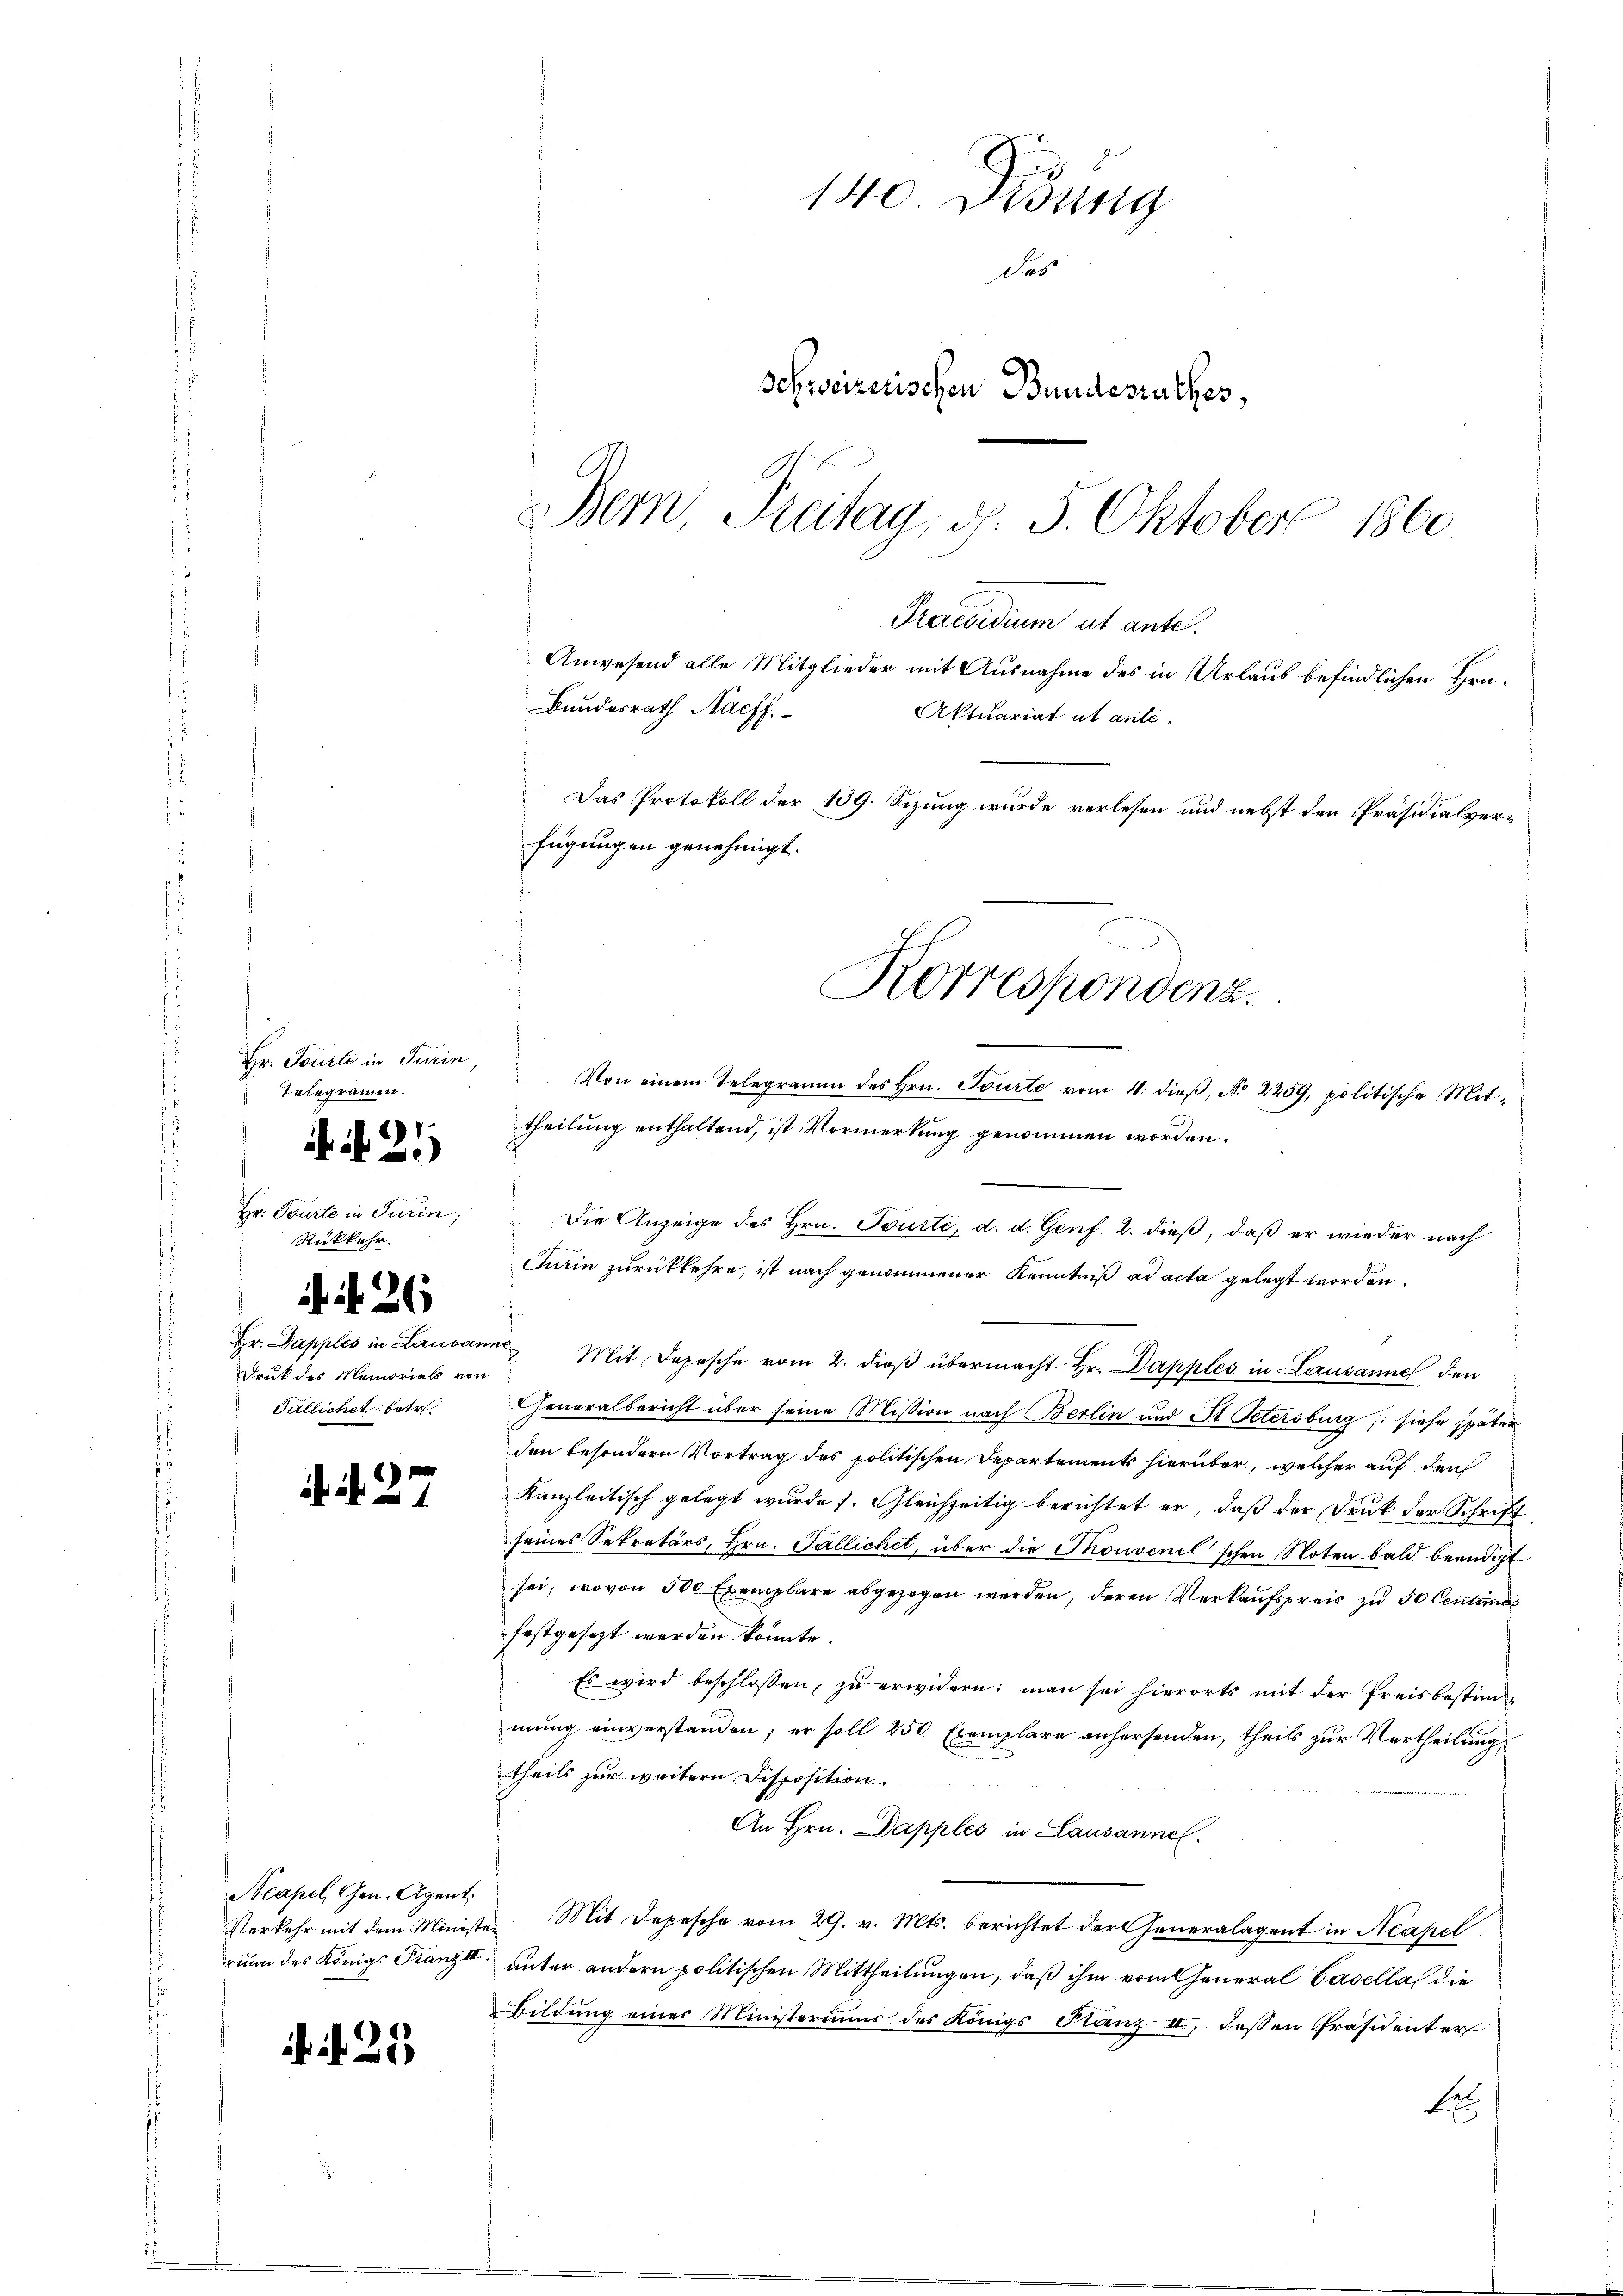
Hr. Tourte in Turin,
Telegramm.
1

ii in

Hr. Tourte in Turin,
Rükkehr.
Druk des Memorials von
Tillichet betr

i. d. 27.

. N. 26

Neapel, Gen. Agent.

. . 25.

Die Anzeige des Hrn. Tourte, d. d. Genf 2. dieß, daß er wieder nach
Turin zurückkehre, ist nach genommener Kenntniß ad acta gelegt worden.
Hr. Dapples in Lausanne Mit Depesche vom 2. dieβ übermacht Hr. Dapples in Lausanne, den
Generalbericht über seine Mission nach Berlin und St. Petersburg (siehe später
den besondern Vortrag des politischen Departements hierüber, welcher auf den
Kanzleitisch gelegt wurde s. Gleichzeitig berichtet er, daß der Druk der Schrift
seines Sekretärs, Hrn. Pallichet, über die Thouvenel’schen Noten bald beendigt
sei, wovon 500 Exemplare abgezogen werden, deren Verkaufspreis zu 50 Centimes
festgesezt werden könnte.
Es wird beschlossen, zŭ erwidern: man sei hierorts mit der Preisbestim-
mung einverstanden; er soll 250 Exemplare anhersenden, theils zur Vertheilung
theils zur weitern Disposition.
An Hrn. Dapples in Lausanne.
Verkehr mit dem Minister Mit Depesche vom 29. v. Mts. berichtet der Generalagent in Neapel
rium des Königs Franz unter andern politischen Mittheilungen, daß ihm vom General Basella die
Bildŭng einer Ministeriums des Königs Stanz II, dessen Präsidenter
be

140 Didung
Das
Schweizerischen Bundesrathes,
Bern, Freitag, d. 5. Oktober 1860.
Praesidium ut antel.
Anwesend alle Mitglieder mit Ausnahme des in Urlaub befindlichen Hrn¬
Bundesrath Naeff
Aktuariat ut ante-
Das Protokoll der 139. Sizung wurde verlesen und nebst den Präsidialverfügungen genehmigt.

Korrespondenz.
Von einem Telegramm des Hrn. Tourte vom 4. dieß, No 2259, politische Mittheilung enthaltend, ist Vormerkung genommen worden.